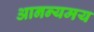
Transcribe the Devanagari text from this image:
आनन्यमय